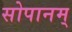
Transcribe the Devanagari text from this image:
सोपानम्